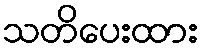
သတိပေးထား